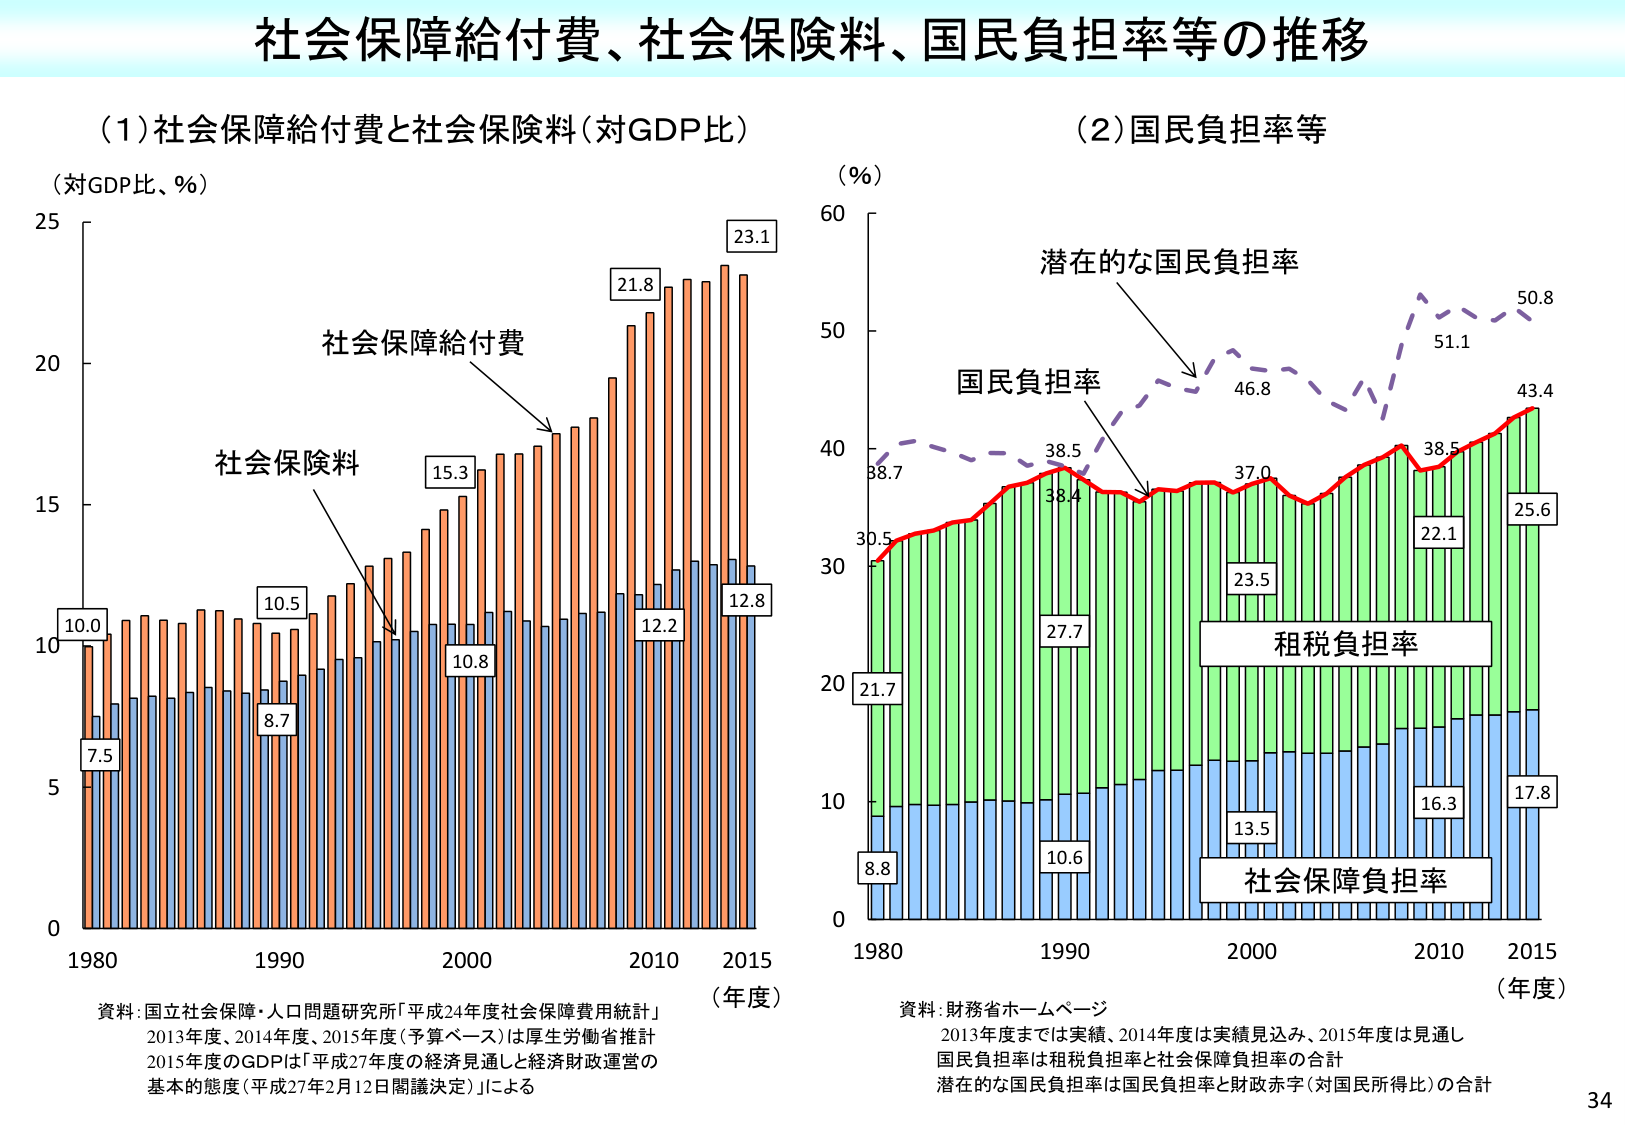
社会保障給付費、社会保険料、国民負担率等の推移

(1)社会保障給付費と社会保険料（対GDP比）
（対GDP比、％）
社会保障給付費
社会保険料
10.0
7.5
10.5
8.7
15.3
10.8
21.8
12.2
23.1
12.8
1980
1990
2000
2010
2015
（年度）
資料：国立社会保障・人口問題研究所「平成24年度社会保障費用統計」
2013年度、2014年度、2015年度（予算ベース）は厚生労働省推計
2015年度のGDPは「平成27年度の経済見通しと経済財政運営の
基本的態度（平成27年2月12日閣議決定）」による

(2)国民負担率等
（％）
潜在的な国民負担率
国民負担率
38.7
38.5
38.4
46.8
51.1
50.8
43.4
22.1
25.6
27.7
23.5
37.0
38.5
21.7
8.8
10.6
13.5
16.3
17.8
租税負担率
社会保障負担率
1980
1990
2000
2010
2015
（年度）
資料：財務省ホームページ
2013年度までは実績、2014年度は実績見込み、2015年度は見通し
国民負担率は租税負担率と社会保障負担率の合計
潜在的な国民負担率は国民負担率と財政赤字（対国民所得比）の合計

34